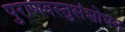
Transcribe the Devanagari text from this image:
पुराणवस्तुसंशोधन